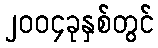
၂၀၀၄ခုနှစ်တွင်